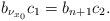
LaTeX: \begin{align*}b_{\nu_{x_0}}c_{1}=b_{n+1}c_{2}.\end{align*}